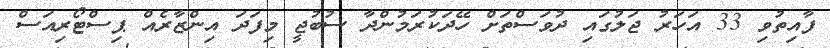
ފާއިތުވި 33 އަހަރު ޖަލުގައި ދުވަސްތަށް ހޭދަކުރަމުންދާ ސުބުޖީ މިފަދަ އިންޒާރެއް ޕިސްޓޯރިއަސް